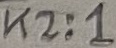
Text: K2:1